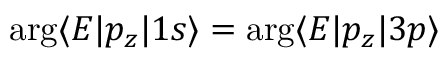
\arg \langle E | p _ { z } | 1 s \rangle = \arg \langle E | p _ { z } | 3 p \rangle